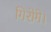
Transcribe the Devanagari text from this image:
गिरोगे।